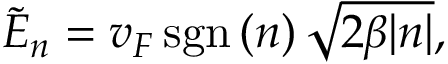
\tilde { E } _ { n } = v _ { F } \, \mathrm { s g n } \, ( n ) \, \sqrt { 2 \beta | n | } ,